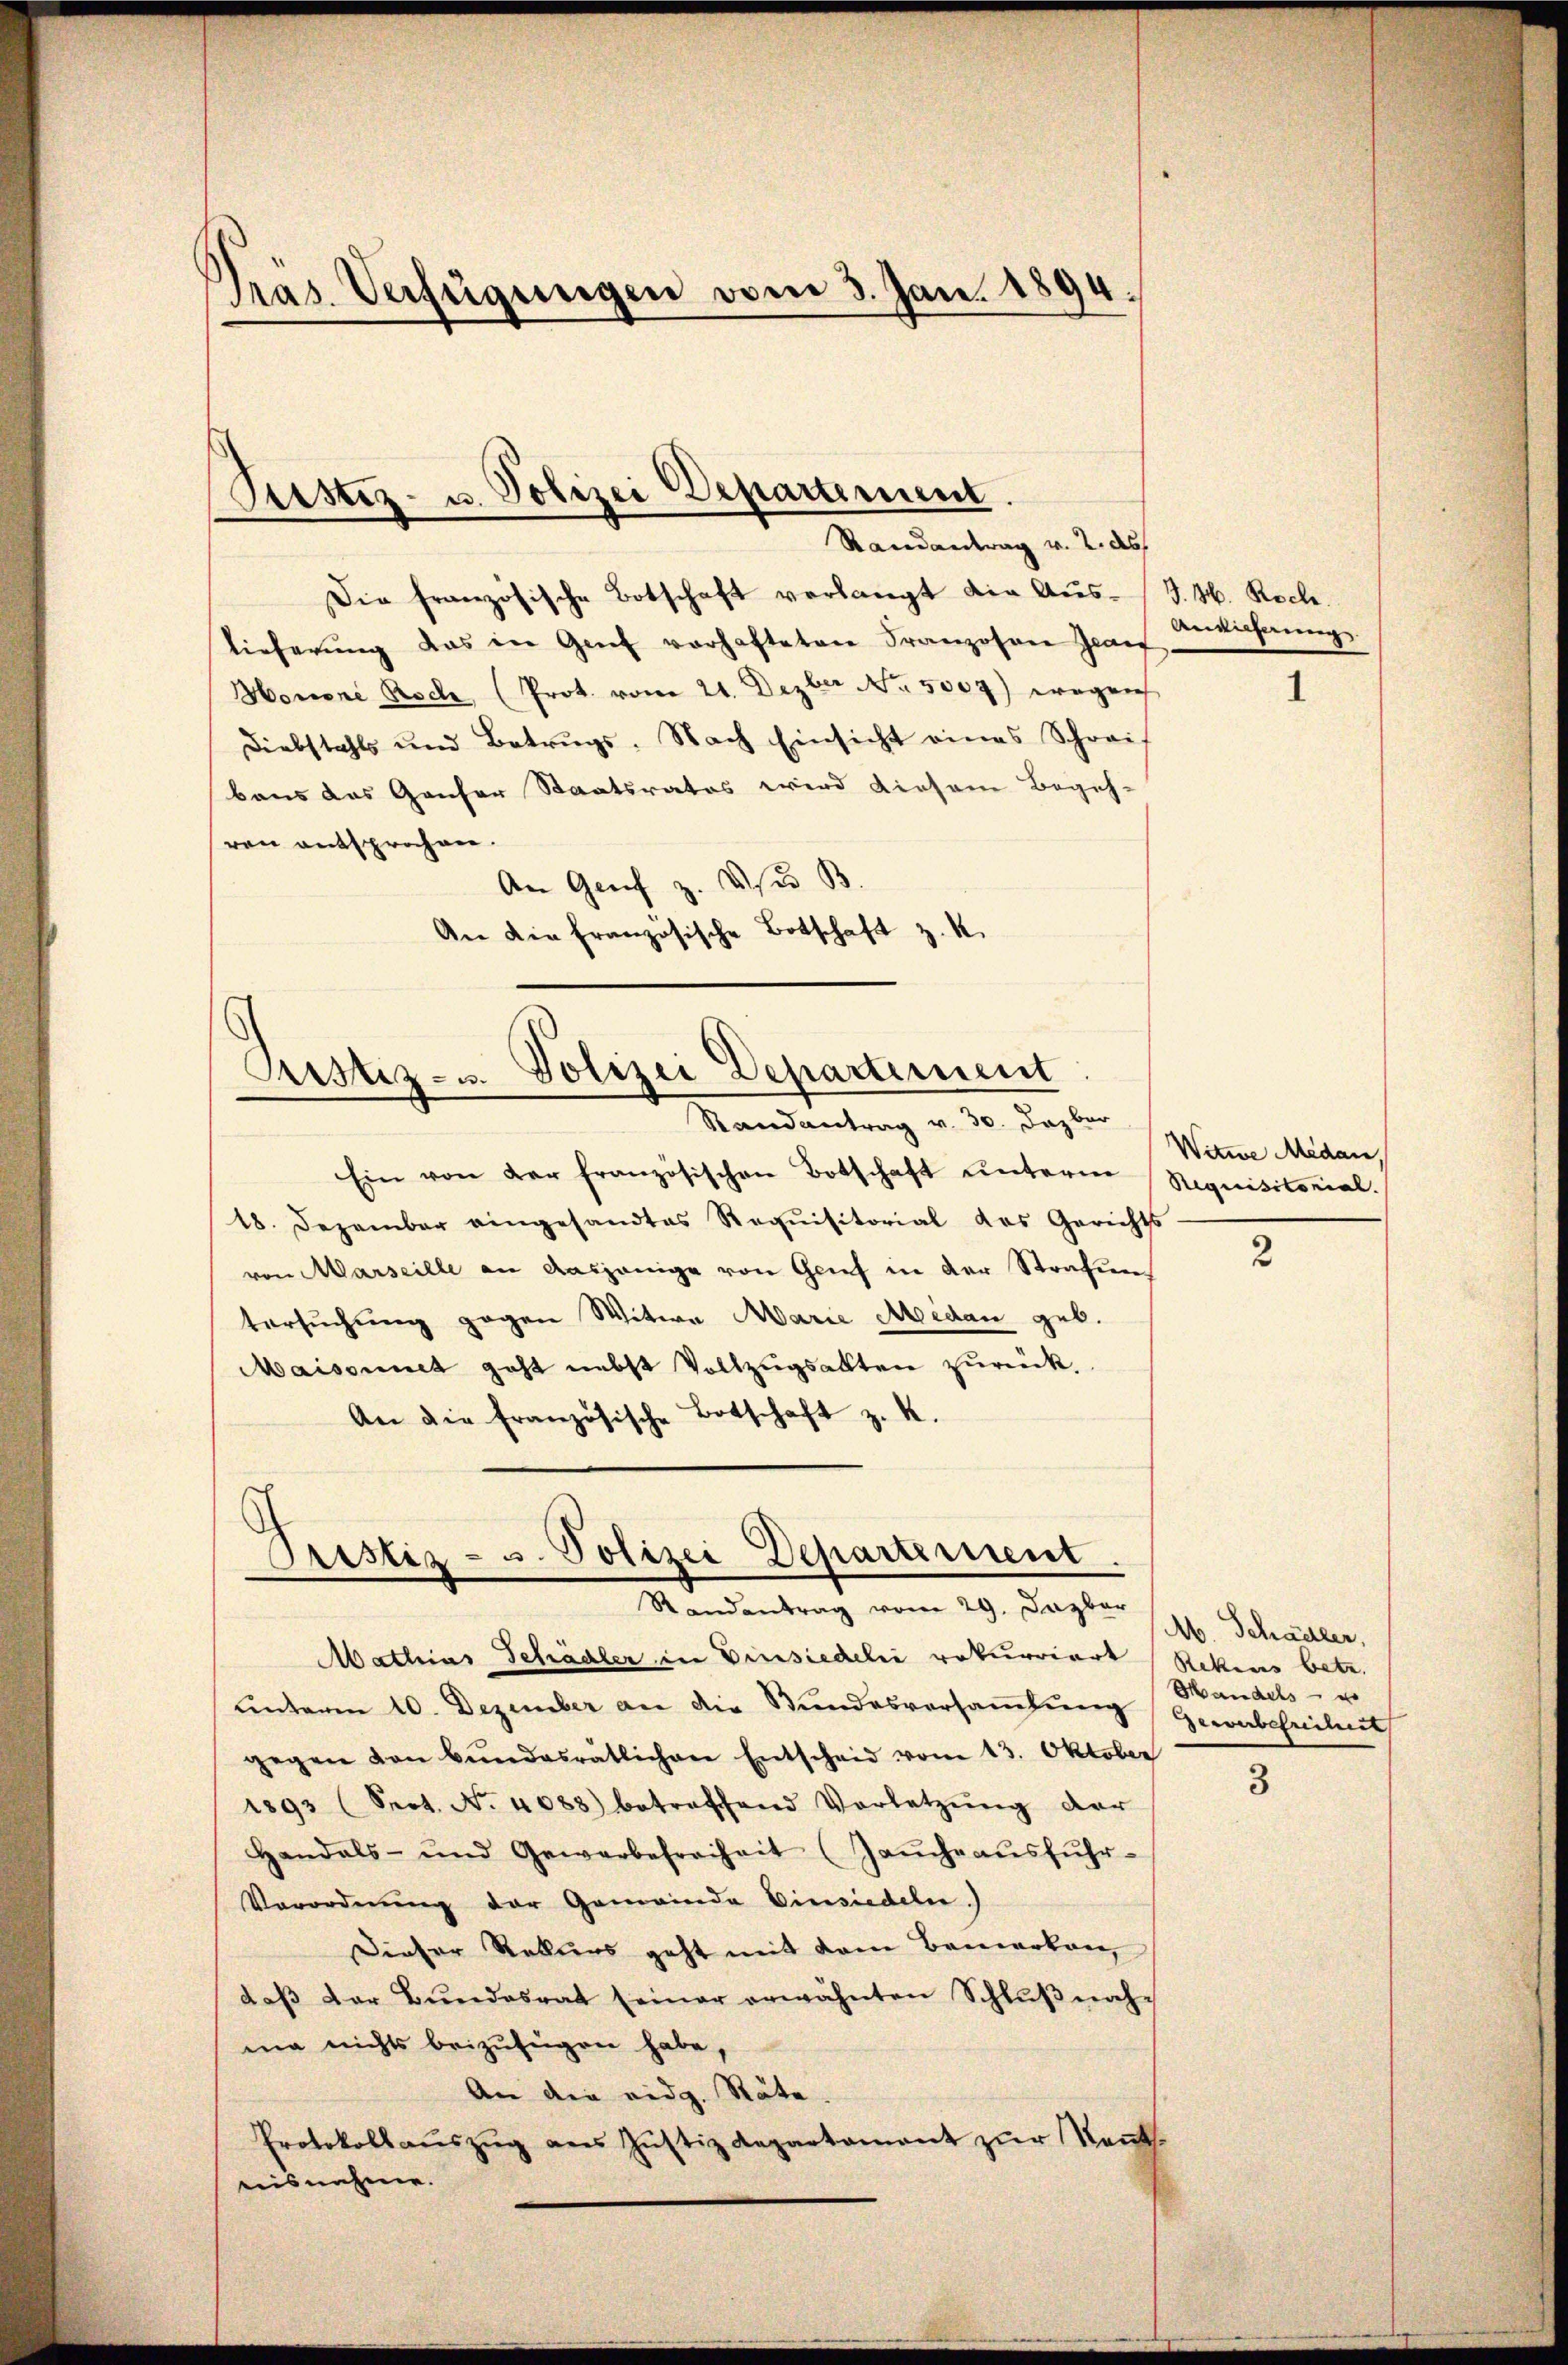
Pras. Verfügungen vom 3. Jan. 1894.

Prustiz- u. Polizei Departement.
Randantrag v. 2. ds

Die französische Botschaft verlangt die Aŭs- / J. H. Roch.
lieferŭng das in Genf verhafteten Franzosen Graf
Honori Roch, (Prot. vom 21. Dezber No. 5007) wegen
Diebstahls und Betrugs. Nach Einsicht eines Schreit
baus das Ganser Staatsrates wird diesem Begeh-
ren entsprochen.
An Genf z. Usus B.
An die französische Botschaft z. K.

Justiz- u. Polizei Departement
Randantrag v. 30. Dazber

.
ristiz- u. Polizei Departement.
d
Randantrag vom 29. Dazber

Ein von der französischen Botschaft unterm Requisitorial-
18. Dezember eingesandtes Requisitorial das Gerichts
von Marseille an dasjenige von Grief in der Strafuntersuchung gegen Witwe Marie Midau geb.
Maisonnet geht nebst Vollzugsakten zurück.
An die französische Botschaft z. K.

Mathias Schädler in Einsiedelis rekurriert (Rekens betr.
unterm 10. Dezember an die Stundesversammlung Gerabtheilet
gegen von Bŭndesrätlichen Entscheid vom 13. Oktober
1893 (Seot. No. 4083) betreffend Vorletzŭng der
Handels- und Gewerbefreiheit (Jaŭcheaŭsfŭhr-
Verordnŭng der Gemeinde Einsiedeln.)
Dieser Rekurs geht mit dem Bemerken,
daβ der Bŭndesrat seiner erwähnten Schlŭβnah-
ma nichts beizufügen habe,
An die eidg. Räte.
Protokoll auszug aus Justiz Repartament zur Kennt
aisnahme.

Anwichtung.

Witwe Medan,

2

M. Schädler,
Mandels- u

3